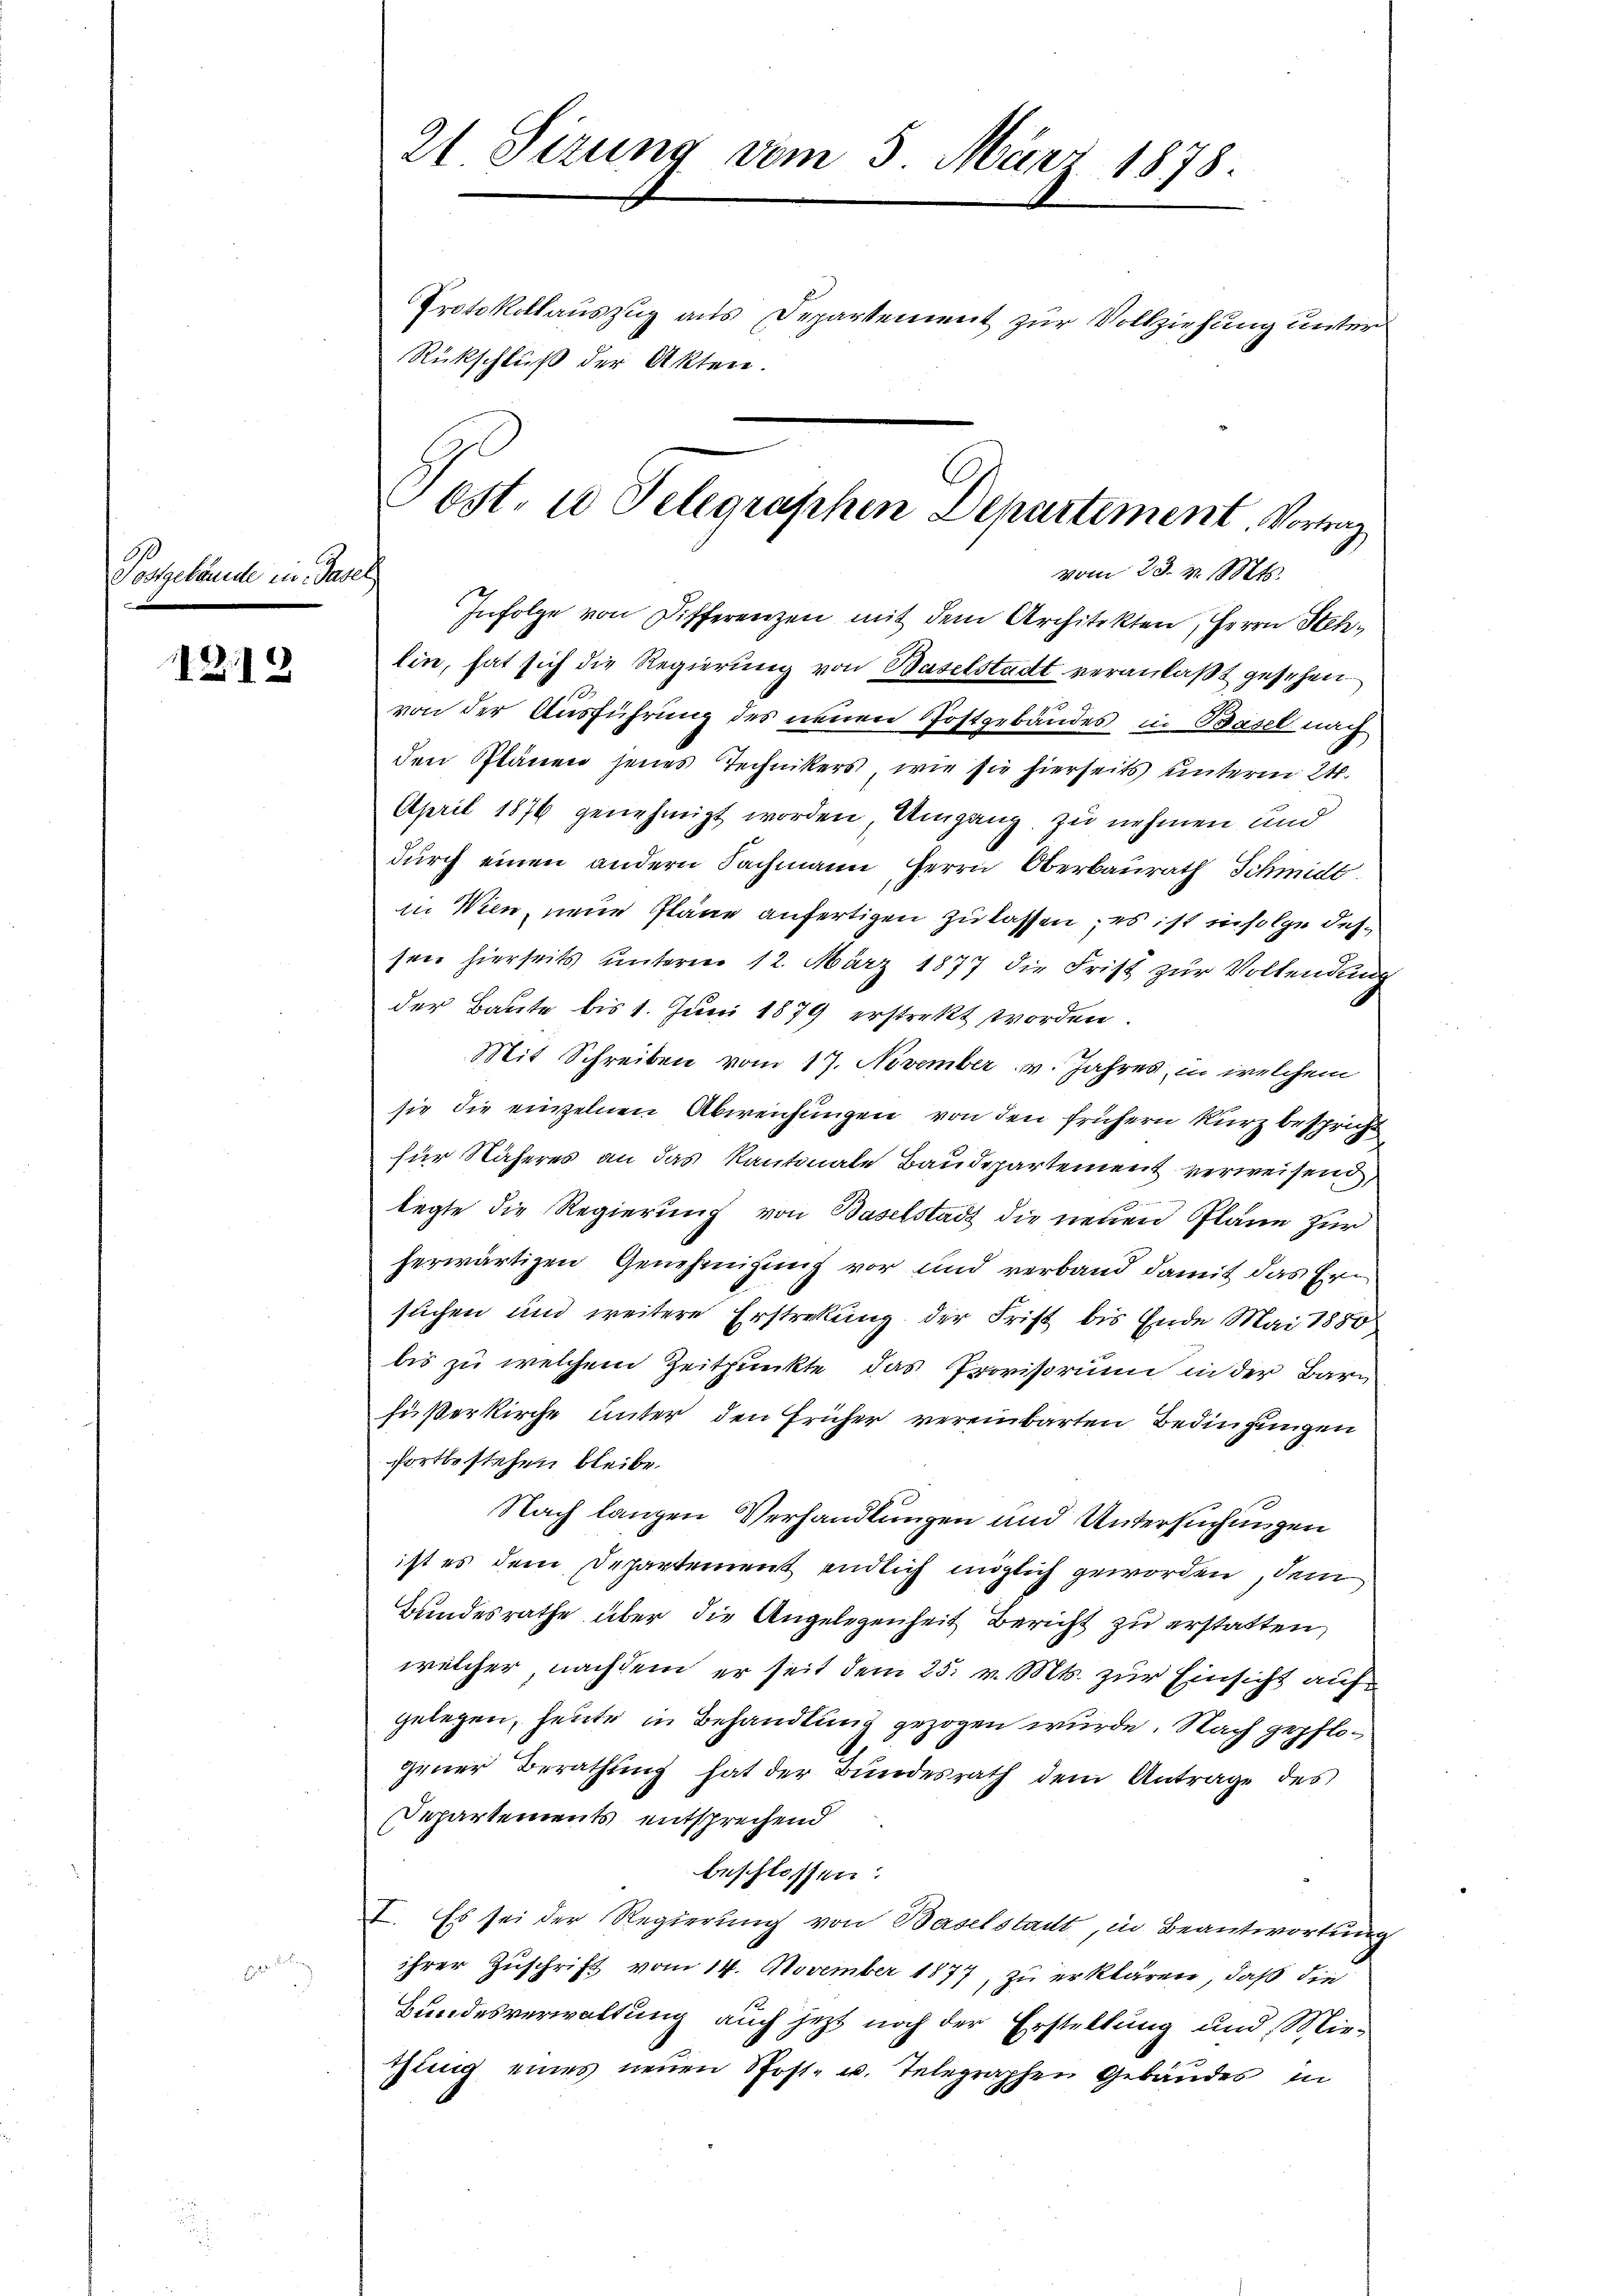
Postgebäude in das

1213

21 Sirung vom 5. März 1878.
Protokollauszug aus Departement zur Vollziehung unter
Rückschluß der Akten.

Infolge von Differenzen mit dem Architekten, Herrn Stehlin, hat sich die Regierung von Baselstadt veranlaßt gesehen.
von der Ausführung des neuen Postgebäudes in Basel nach
den Plänen jenes Technikers, wie sie hierseits unterm 24.
April 1876 genehmigt worden, Umgang zu nehmen und
durch einen andern Sachmann Herrn Oberbaurath Schmidt.
in Wien, neue Pläne anfertigen zu lassen; es ist infolge dessen hierseits unterm 12. März 1877 die Frist zur Vollendung
der Baute bis 1. Juni 1879 erstrekt worden.
Mit Schreiben vom 17. November v. Jahres, in welchem
sie die einzelnen Abweichungen von den frühern kurz bespricht
für Näheres an das Kantonale Baudepartement verweisend
legte die Regierung von Baselstadt die neuen Pläne zur
herwärtigen Genehmigung vor und verband damit das Ersuchen und weitere Erstrekung der Frist bis Ende Mai 1880
bis zu welchem Zeitpunkte, das Provisorium in der Barfüßerkirche unter den Früher vereinbarten Bedingungen
fortbestehen bleibe.
Nach langen Verhandlungen und Untersuchungen
ist es dem Departement endlich möglich geworden, dem
Bundesrathe über die Angelegenheit Bericht zu erstatten,
welcher nachdem er seit dem 25. v. Mts. zur Einsicht auf
gelegen, heute in Behandlung gezogen wurde. Nach gepflogener Berathung hat der Bundesrath dem Antrage des
Departements entsprechend
beschlossen:
I. Es sei der Regierung von Baselstadt, in Beantwortung
ihrer Zuschrift vom 14. November 1877, zu erklären, daß die
Bundesverwaltung auch jetzt noch der Erstellung und Mie-
tung eines neuen Post- u. Telegraphen Gebäudes in

Post in Telegraphen Departement. Vortrag
vom 23. v. Mts.
e